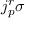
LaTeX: j _ { p } ^ { r } \sigma